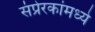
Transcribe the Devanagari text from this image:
संप्रेरकांमध्ये